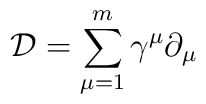
{\mathcal D}=\sum_{\mu=1}^{m}\gamma^{\mu}\partial_{\mu}